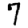
Digit: 7